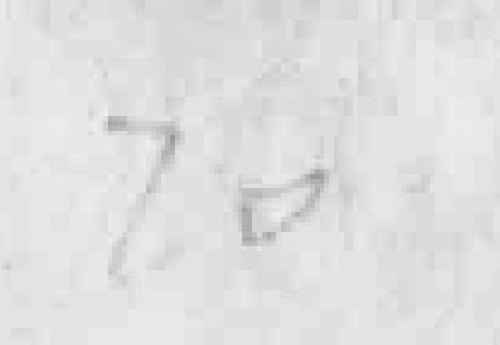
70